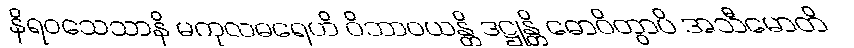
နိရဝသေသာနိ မကုလဓရေဟိ ဝိဘာဝယန္တိ ဒဋ္ဌုန္တိ ဓောဝိတွာပိ အသီမောတိ